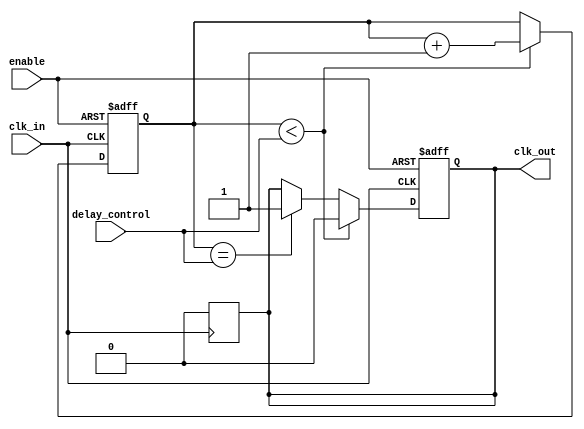
module delay_clock_buffer (
    input wire clk_in,               // Input clock signal
    input wire enable,               // Enable signal
    input wire [3:0] delay_control,  // Control signal to determine delay in clock cycles
    output reg clk_out               // Output delayed clock signal
);

    reg [3:0] delay_counter;          // Delay counter
    reg [3:0] delay_line [0:15];      // Delay line for up to 15 clock cycles
    
    // State machine to handle delay control and output clock generation
    always @(posedge clk_in or negedge enable) begin
        if (!enable) begin
            clk_out <= 1'b0;           // Disable output clock
            delay_counter <= 4'b0;      // Reset delay counter
        end else begin
            if (delay_counter < delay_control) begin
                delay_counter <= delay_counter + 1'b1; // Increment counter
                clk_out <= 1'b0;           // Hold low during delay
            end else if (delay_counter == delay_control) begin
                clk_out <= 1'b1;           // Output clock goes high after delay
            end else begin
                clk_out <= clk_out;       // Retain the previous state of clk_out
            end
        end
    end
    
    // Ensure clk_out goes low after it becomes high for one clock cycle
    always @(posedge clk_in) begin
        if (clk_out == 1'b1) begin
            clk_out <= 1'b0;           // Reset clk_out to low after reaching high
        end
    end
    
endmodule